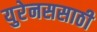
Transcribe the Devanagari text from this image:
युरेनससाठी